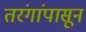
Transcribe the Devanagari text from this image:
तरंगांपासून